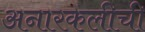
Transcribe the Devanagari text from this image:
अनारकलीची